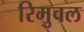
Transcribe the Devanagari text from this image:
रिमुवल